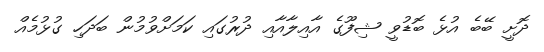
ދޮށީ ބޭބެ އުޅެ ބޮޑުވީ ޝިފޫގެ އާއިލާއާއި ދުރުގައި ކަމަށްވުމުން ބަދަހި ގުޅުމެއް